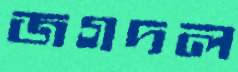
জগদল